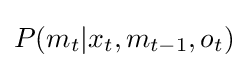
P(m_{t}|x_{t},m_{t-1},o_{t})